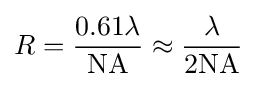
R={\frac {0.61\lambda }{\mathrm {NA} }}\approx {\frac {\lambda }{2\mathrm {NA} }}